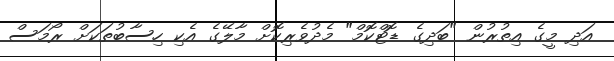
އަދި މީގެ އިތުރުން "ބަދިގެ ޑޮޓްކޮމް" މެދުވެރިކޮށް މާލޭގެ އެކި ހިސާބުތަކަށް ރޯމަސް